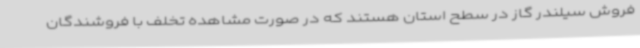
فروش سیلندر گاز در سطح استان هستند که در صورت مشاهده تخلف با فروشندگان